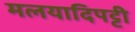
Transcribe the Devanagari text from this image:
मलयादिपट्टी